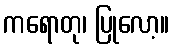
ကရောတု၊ ပြုလော့။